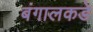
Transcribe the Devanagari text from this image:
बंगालकडे